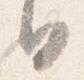
日